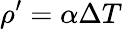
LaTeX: \rho^{\prime}=\alpha\Delta T